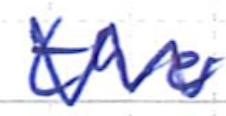
Text: the
Cross-out: zig-zag
Writing tool: ballpoint